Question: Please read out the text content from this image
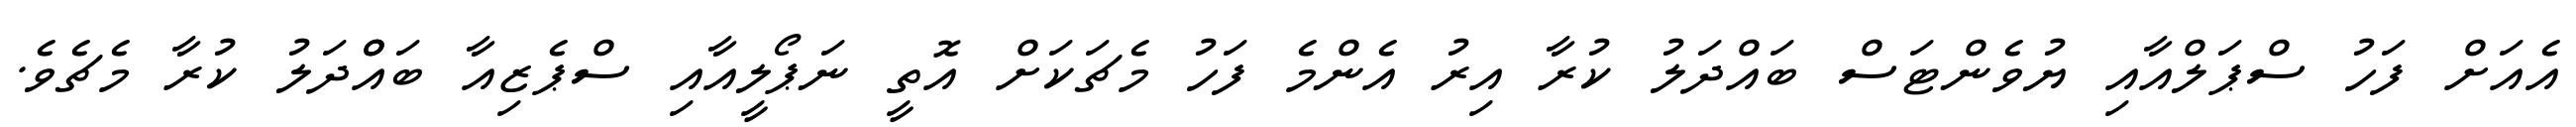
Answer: އެއަށް ފަހު ސްޕަލްއާއި ޔުވެންޓަސް ބައްދަލު ކުރާ އިރު އެންމެ ފަހު މެޗަކަށް އޮތީ ނަޕޯލީއާއި ސްޕެޒިއާ ބައްްދަލު ކުރާ މެޗެވެ.